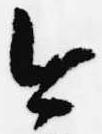
今